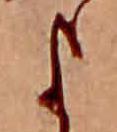
よ